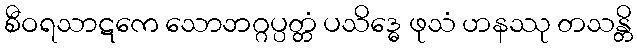
စီဝရသာဋကေ သောဘဂ္ဂပ္ပတ္တံ ပသိဒ္ဓေ ဖုသံ ဟနဿု တသန္တိ